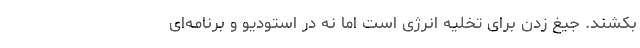
بکشند. جیغ زدن برای تخلیه انرژی است اما نه در استودیو و برنامه‌ای